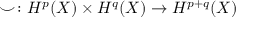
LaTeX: \smile \colon H ^ { p } ( X ) \times H ^ { q } ( X ) \to H ^ { p + q } ( X )